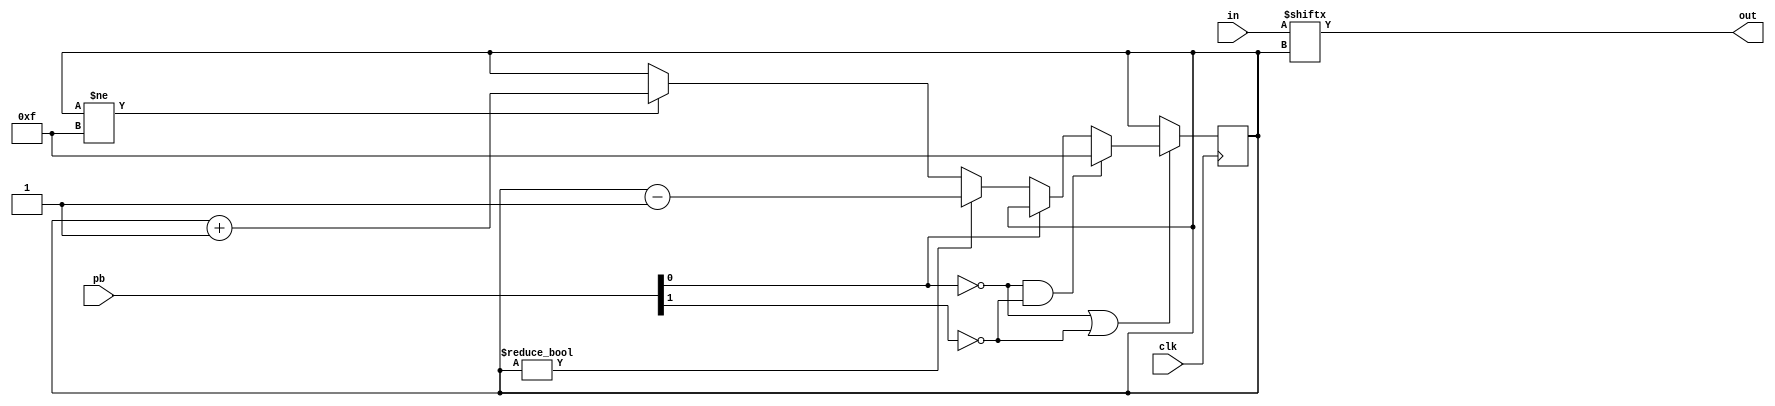

module control(
    pb,
    in,
    out,
    clk
  );

  input   [1:0]     pb;
  input             clk;
  input   [15:0]    in;
  output            out;

  reg     [0:3]     state = 15;

  assign out = in[state];

  always @ (posedge clk) begin
    if (!pb[0] || !pb[1])
      begin
        if (!pb[0] && !pb[1])
          state <= 15;
        else 
          begin
            if (!pb[0])
              if (state != 0)
                state <= state - 1;
            else 
              if (state != 15)
                state <= state + 1;
          end
      end
  end

endmodule